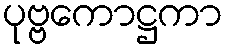
ပုဗ္ဗကောဋ္ဌကာ